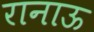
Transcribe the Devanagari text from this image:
रानाऊ